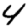
Digit: 4